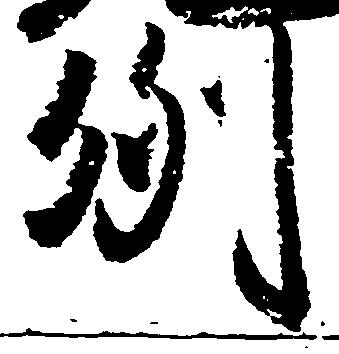
例